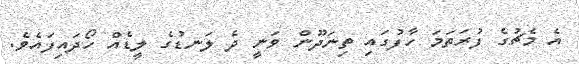
އެ މެޗުގެ ފުރަތަމަ ހާފުގައި ތިނަދޫން ވަނީ ދެ ލަނޑުގެ ލީޑެއް ހޯދައިފައެވެ.